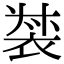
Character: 𧚛